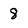
Character: 8